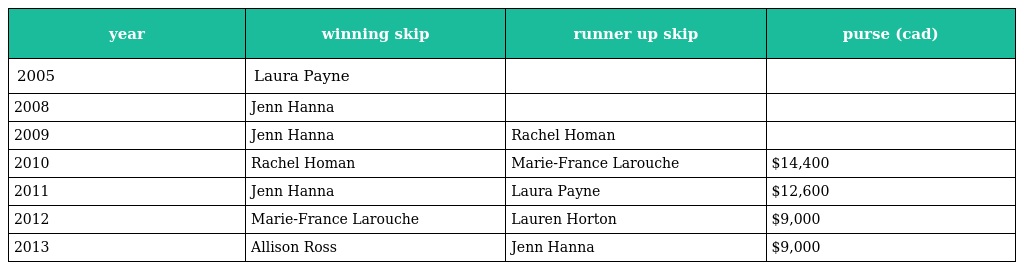
| year | winning skip | runner up skip | purse (cad) |
 | --- | --- | --- | --- |
 | 2005 | Laura Payne |  |  |
 | 2008 | Jenn Hanna |  |  |
 | 2009 | Jenn Hanna | Rachel Homan |  |
 | 2010 | Rachel Homan | Marie-France Larouche | $14,400 |
 | 2011 | Jenn Hanna | Laura Payne | $12,600 |
 | 2012 | Marie-France Larouche | Lauren Horton | $9,000 |
 | 2013 | Allison Ross | Jenn Hanna | $9,000 |